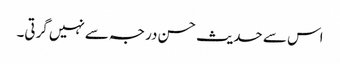
اس سے حدیث حسن درجہ سےنہیں گرتی۔